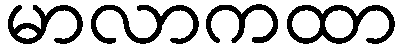
မာလာကထာ